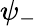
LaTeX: \psi_{-}